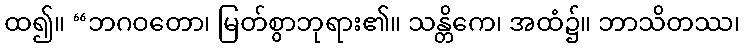
ထ၍။ “ဘဂဝတော၊ မြတ်စွာဘုရား၏။ သန္တိကေ၊ အထံ၌။ ဘာသိတဿ၊